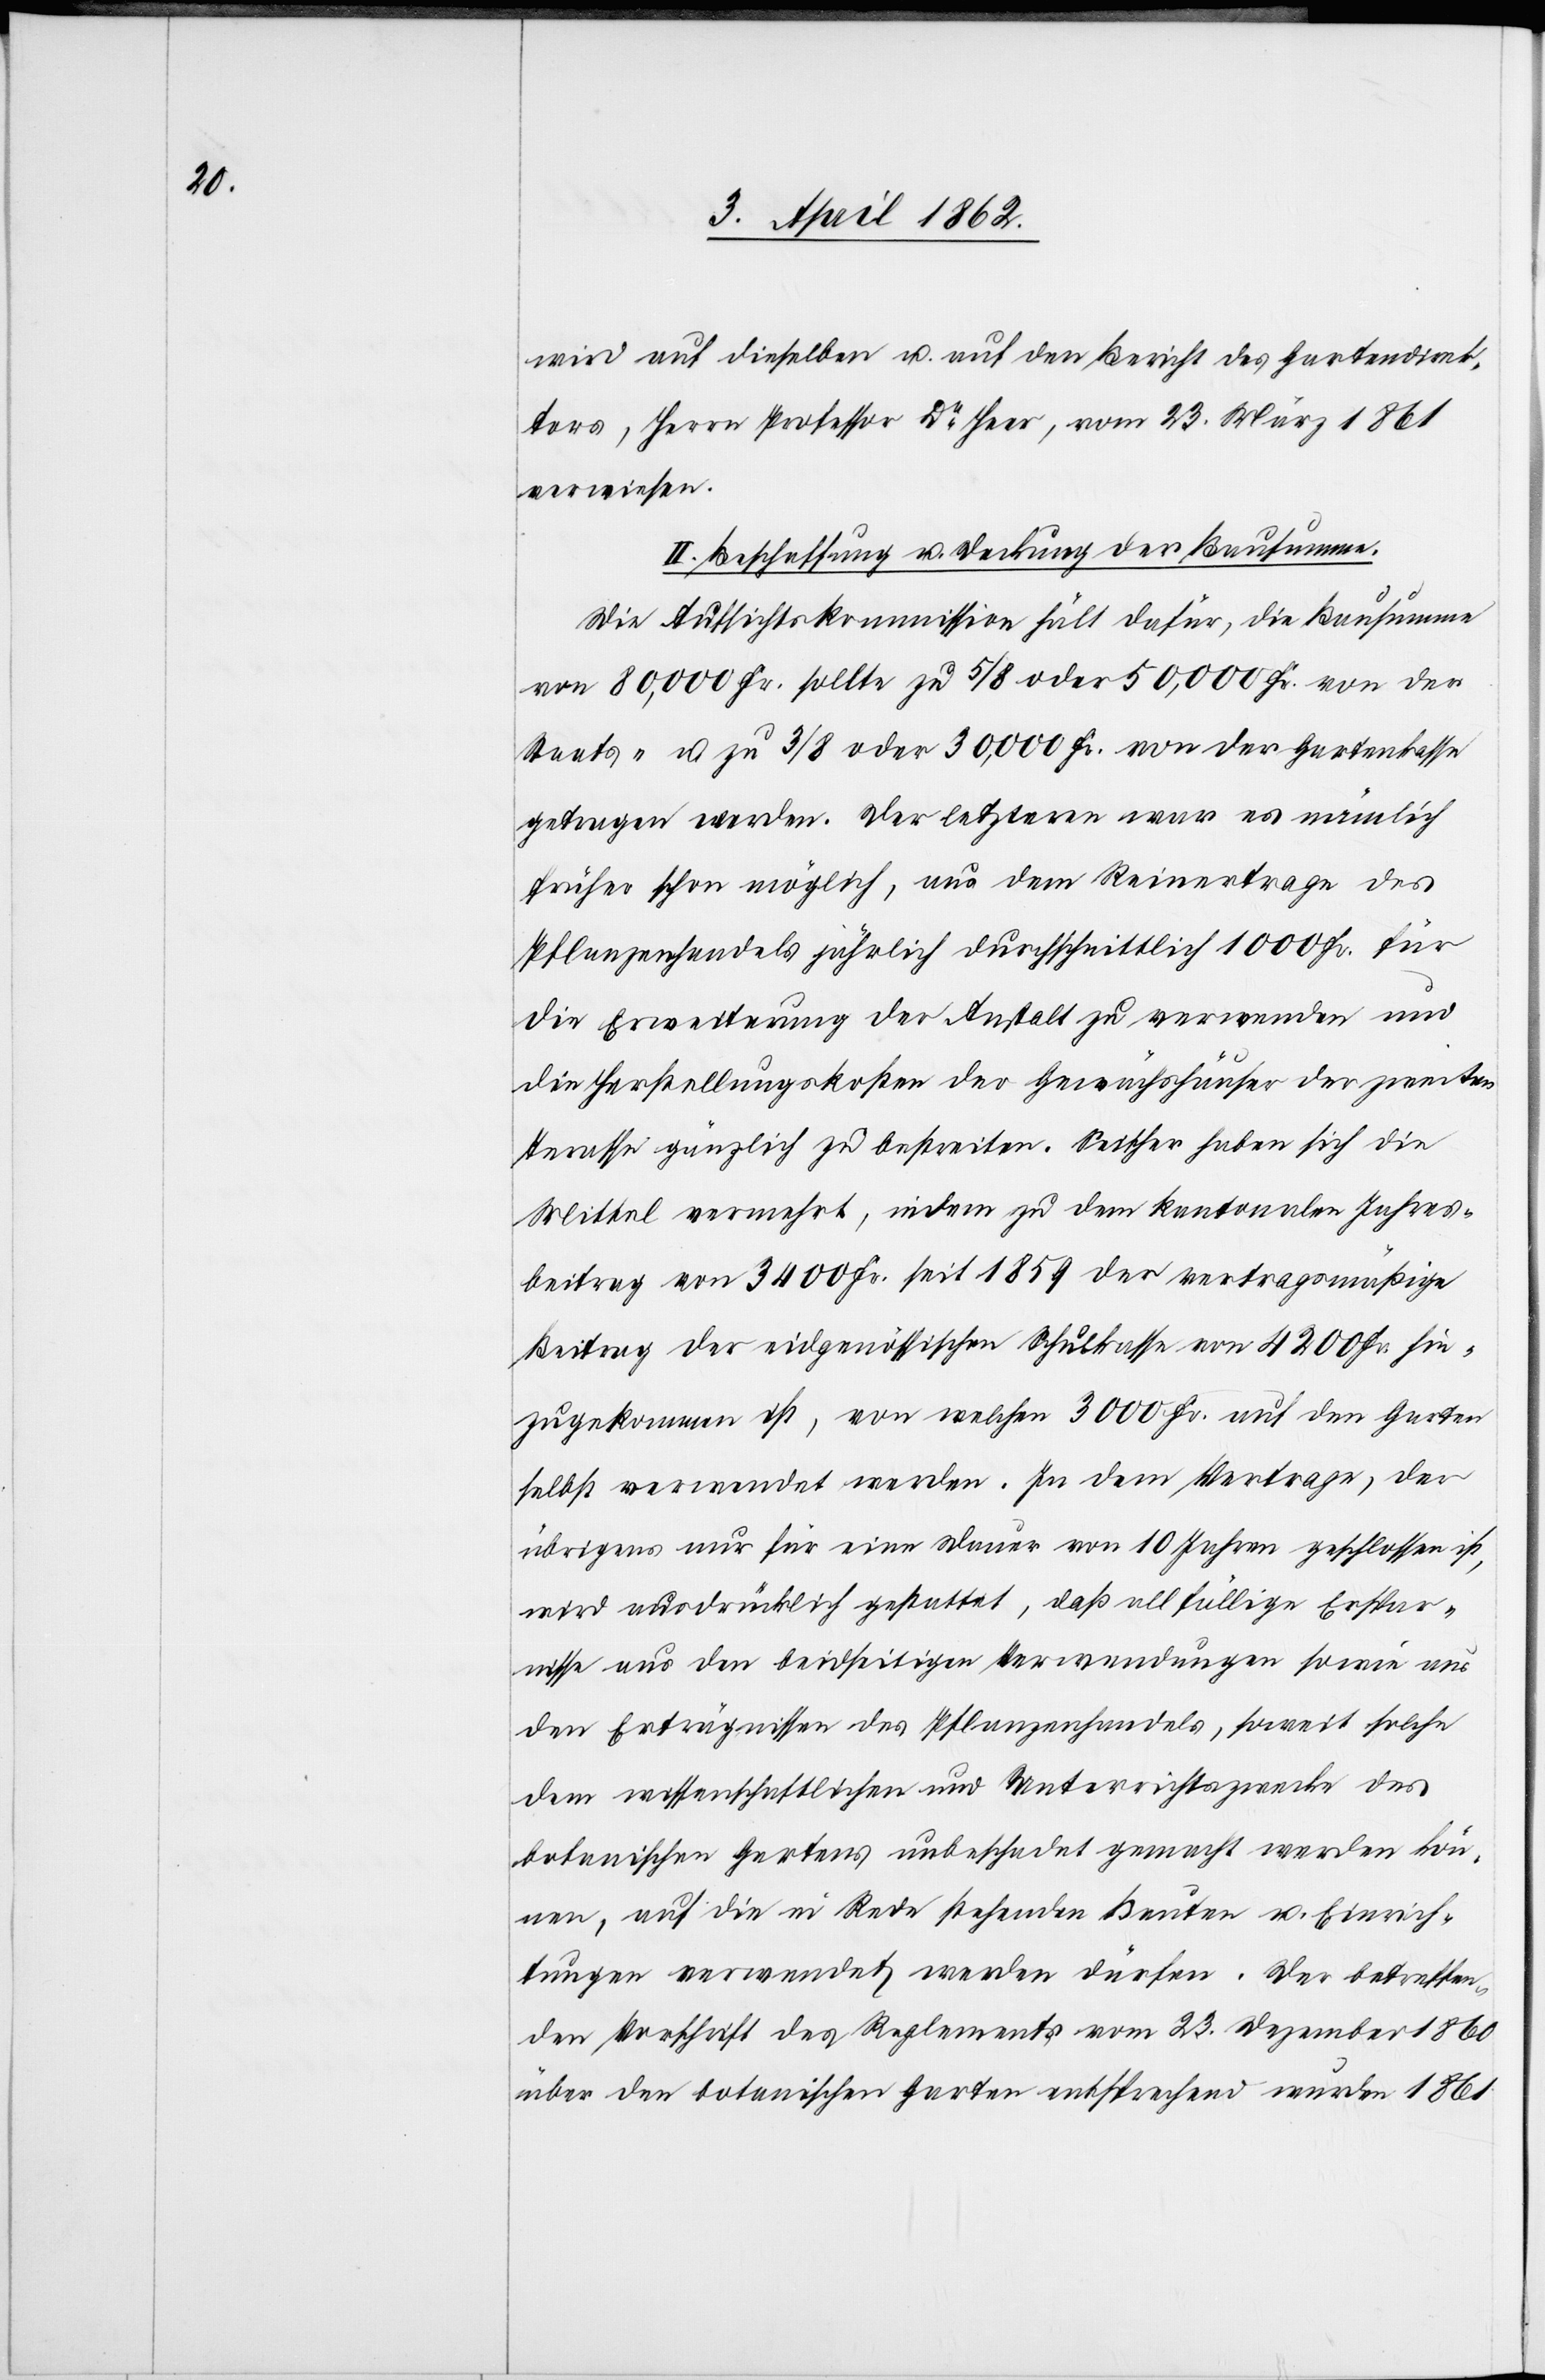
wird auf dieselben u. auf den Bericht des Gartendirek¬
tors, Herrn Professor Dr. Heer, vom 23. März 1861
verwiesen.
II. Beschaffung u. Deckung der Bausumme.
Die Aufsichtskommission hält dafür, die Bausumme
von 80,000 Fr. sollte zu 5/8 oder 50,000 Fr. von der
Staats- u. zu 3/8 oder 30,000 Fr. von der Gartenkasse
getragen werden. Der letztern war es nämlich
früher schon möglich, aus dem Reinertrage des
Pflanzenhandels jährlich durchschnittlich 1000 Fr. für
die Erweiterung der Anstalt zu verwenden und
die Herstellungskosten der Gewächshäuser der zweiten
Terasse gänzlich zu bestreiten. Seither haben sich die
Mittel vermehrt, indem zu dem kantonalen Jahres¬
beitrag von 3400 Fr. seit 1859 der vertragsmäßige
Beitrag der eidgenössischen Schulkasse von 4200 Fr. hin¬
zugekommen ist, von welchem 3000 Fr. auf den Garten
selbst verwendet werden. In dem Vertrage, der
übrigens nur für eine Dauer von 10 Jahren beschlossen ist,
wird ausdrücklich gestattet, daß allfällige Erspar¬
nisse aus den beidseitigen Verwendungen sowie aus
den Erträgnissen des Pflanzenhandels, soweit solche
dem wissenschaftlichen und Unterrichtszwecke des
botanischen Gartens unbeschadet gemacht werden kön¬
nen, auf die in Rede stehenden Bauten u. Einrich¬
tungen verwendet werden dürfen. Der betreffen¬
den Vorschrift des Reglement vom 23. Dezember 1860
über den botanischen Garten entsprechend wurden 1861